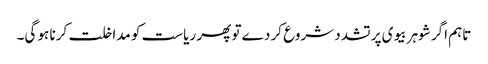
تاہم اگر شوہر بیوی پر تشدد شروع کر دے تو پھر ریاست کو مداخلت کرنا ہو گی۔